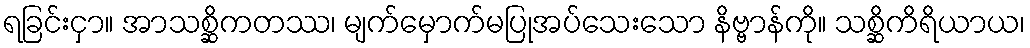
ရခြင်းငှာ။ အာသစ္ဆိကတဿ၊ မျက်မှောက်မပြုအပ်သေးသော နိဗ္ဗာန်ကို။ သစ္ဆိကိရိယာယ၊